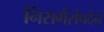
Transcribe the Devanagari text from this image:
निसर्गसंपदेने